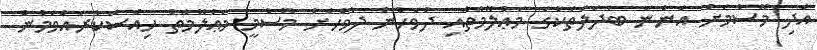
އަދި މޫސުމަށް އަންނަ ބަދަލުތަކުގެ މަޢުލޫމާތާއި ދުވަހުން ދުވަހަށް މޫސުމީ މަޢުލޫމާތު ހިއްސާކުރައްވަމުން